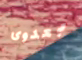
بعدوى